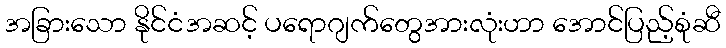
အခြားသော နိုင်ငံအဆင့် ပရောဂျက်တွေအားလုံးဟာ အောင်ပြည့်စုံဆီ